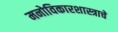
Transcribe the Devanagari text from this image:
मनोविकारशास्त्राचे